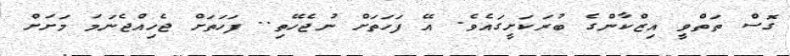
ގޮސް ތަތްވީ އިޒްކާންގެ ބުރަކަށީގައެވެ. އޭ ފަހަތަށް ނުޖެހޭތި.. ފަހަތަށް ޖެހިއްޖެނަމަ މަށަށް